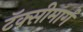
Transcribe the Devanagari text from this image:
टॅक्सीमार्ग